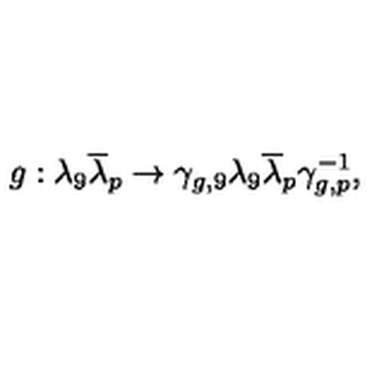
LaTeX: g : \lambda _ { 9 } { \overline { \lambda } } _ { p } \rightarrow \gamma _ { g , 9 } \lambda _ { 9 } { \overline { \lambda } } _ { p } \gamma _ { g , p } ^ { - 1 } ,